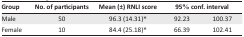
| Group | No. of participants | Mean (±) RNLI score | <COLSPAN=2> 95% conf. interval |
 | --- | --- | --- | --- | --- |
 | Male | 50 | 96.3 (14.31)* | 92.23 | 100.37 |
 | Female | 10 | 84.4 (25.18)* | 66.39 | 102.41 |